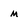
Character: m